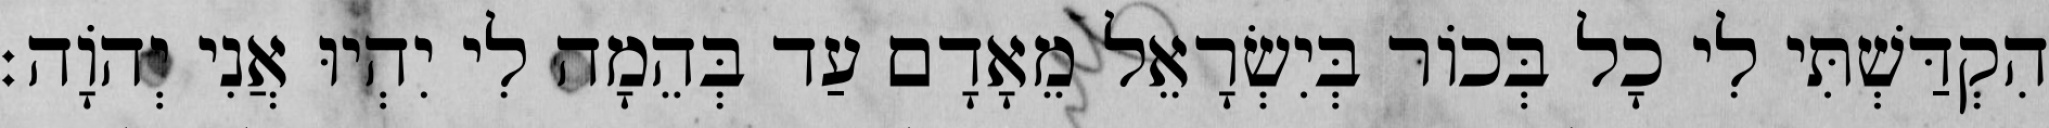
הִקְדַּשְׁתִּי לִי כָל בְּכוֹר בְּיִשְׂרָאֵל מֵאָדָם עַד בְּהֵמָה לִי יִהְיוּ אֲנִי יְהוָֹה׃